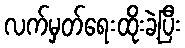
လက်မှတ်ရေးထိုးခဲ့ပြီး